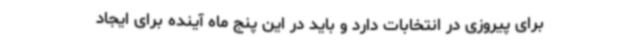
برای پیروزی در انتخابات دارد و باید در این پنج ماه آینده برای ایجاد